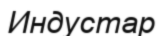
Индустар